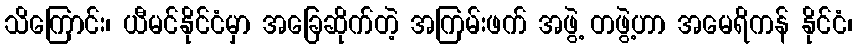
သိကြောင်း၊ ယီမင်နိုင်ငံမှာ အခြေဆိုက်တဲ့ အကြမ်းဖက် အဖွဲ့ တဖွဲ့ဟာ အမေရိကန် နိုင်ငံ၊